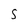
Character: S